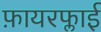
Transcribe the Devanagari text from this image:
फ़ायरफ्लाई